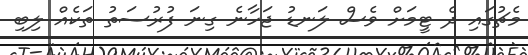
މެޗުގައި ދެ ޓީމަށް ވެސް ލަނޑު ޖަހާނެ ގިނަ ފުރުސަތު ތަކެއް ލިބި